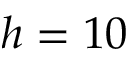
h = 1 0